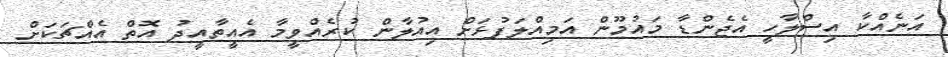
އަނެއްކާ އިސްލާހީ އެޖެންޑާ މައުމޫން އަމިއްލަފުޅަށް އިއުލާން ކުރެއްވީމާ އެއީތާއީދު އޮތް އެއްޗަކަށް